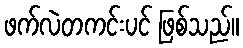
ဖက်လဲတကင်းပင် ဖြစ်သည်။